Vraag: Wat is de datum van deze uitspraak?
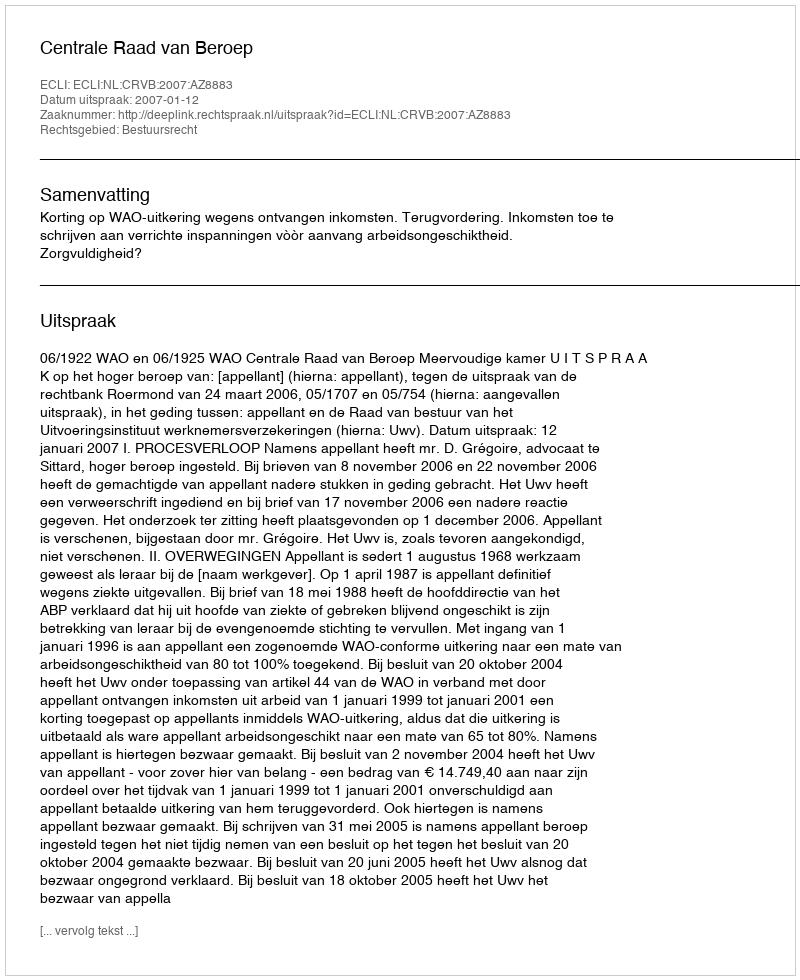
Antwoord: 2007-01-12